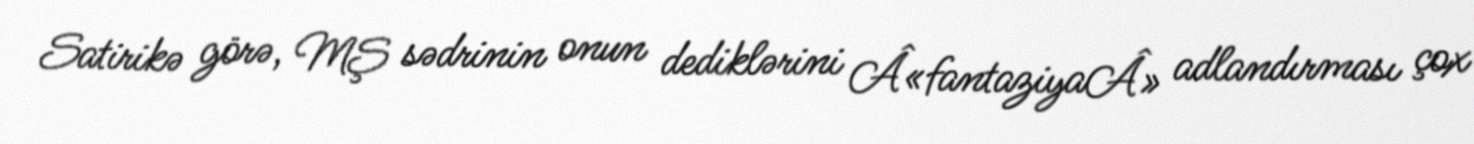
Satirikə görə, MŞ sədrinin onun dediklərini Â«fantaziyaÂ» adlandırması çox